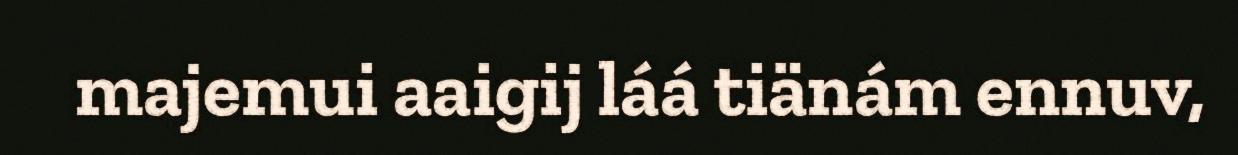
majemui aaigij láá tiänám ennuv,